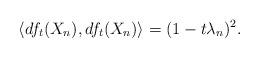
LaTeX: \begin{align*}\langle df_{t}(X_{n}),df_{t}(X_{n})\rangle=(1-t\lambda_{n})^{2}.\end{align*}